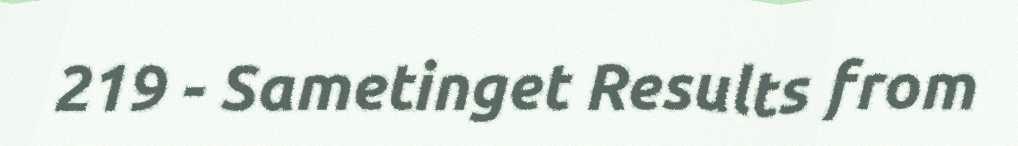
219 - Sametinget Results from